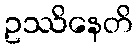
ဥဿိနေတိ